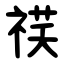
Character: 䄏